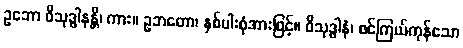
ဥဘော ဝိသုဒ္ဓါနန္တိ၊ ကား။ ဥဘတော၊ နှစ်ပါးစုံအားဖြင့်။ ဝိသုဒ္ဓါနံ၊ စင်ကြယ်ကုန်သော